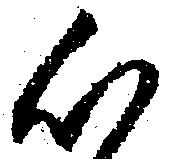
心